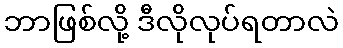
ဘာဖြစ်လို့ ဒီလိုလုပ်ရတာလဲ